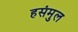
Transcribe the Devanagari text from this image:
हसंमुल